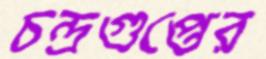
চন্দ্রগুপ্তের